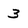
Character: 3